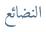
النضائع